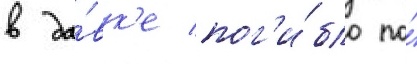
в да́вк'е пог'и́бло по́